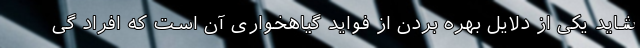
شاید یکی از دلایل بهره بردن از فواید گیاهخواری آن است که افراد گی